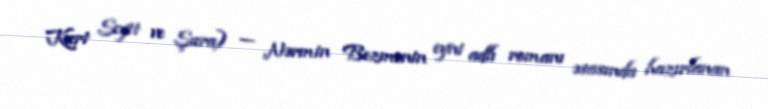
Kurt Seyit ve Şura) — Nərmin Bezmenin eyni adlı romanı əsasında hazırlanan